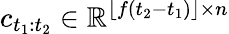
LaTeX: c_{t_{1}:t_{2}}\in\mathbb{R}^{\lfloor f(t_{2}-t_{1})\rfloor\times n}